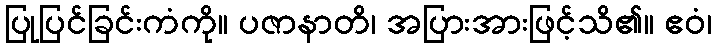
ပြုပြင်ခြင်းကံကို။ ပဇာနာတိ၊ အပြားအားဖြင့်သိ၏။ ဧဝံ၊